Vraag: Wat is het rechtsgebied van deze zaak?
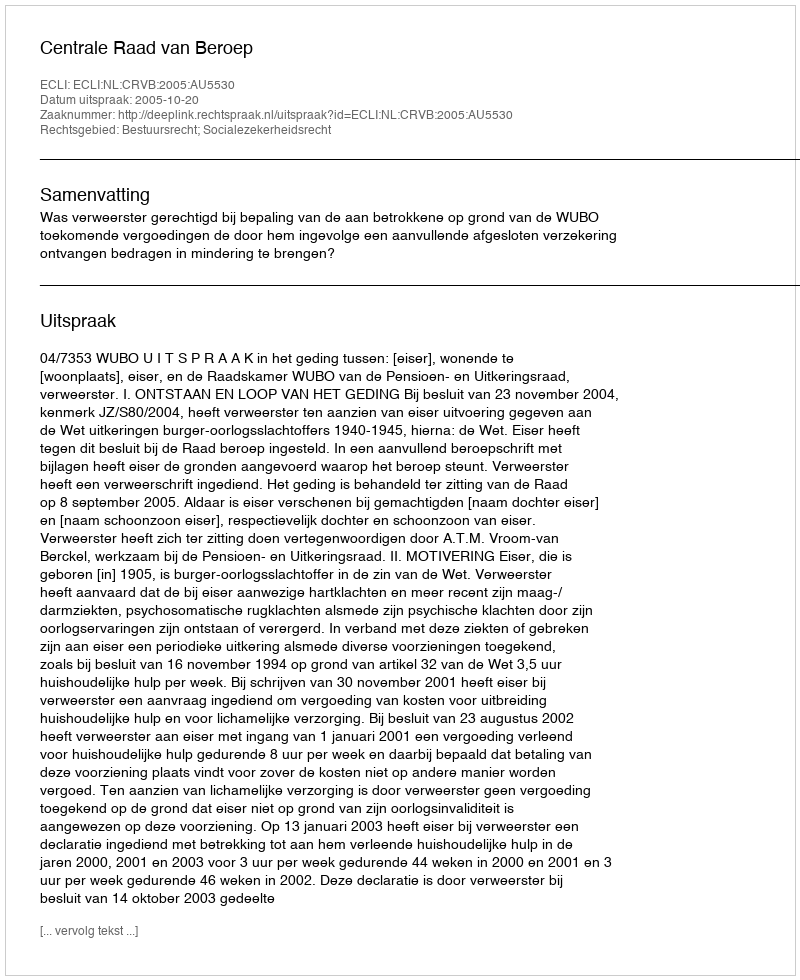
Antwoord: Bestuursrecht; Socialezekerheidsrecht